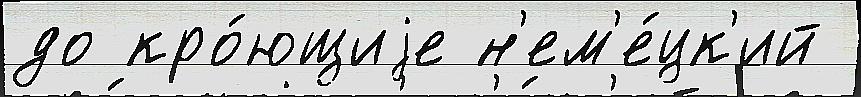
до кро́ющиjе н'ем'е́цк'ий